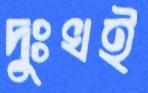
দুঃখই